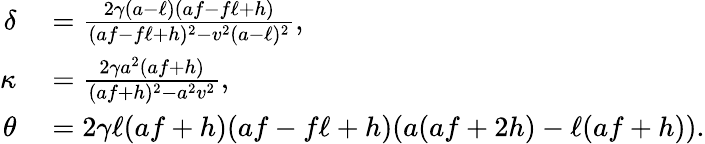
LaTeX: \begin{array}{rl}{\delta}&{{}=\frac{2\gamma(a-\ell)(af-f\ell+h)}{(af-f\ell+h)^{2}-v^{2}(a-\ell)^{2}},}\\ {\kappa}&{{}=\frac{2\gamma a^{2}(af+h)}{(af+h)^{2}-a^{2}v^{2}},}\\ {\theta}&{{}=2\gamma\ell(af+h)(af-f\ell+h)(a(af+2h)-\ell(af+h)).}\end{array}